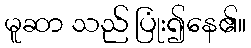
မူဆာ သည် ပြုံး၍နေ၏။